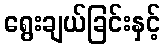
ရွေးချယ်ခြင်းနှင့်